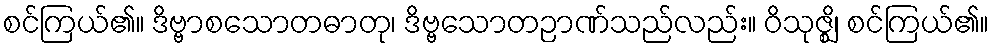
စင်ကြယ်၏။ ဒိဗ္ဗာစသောတဓာတု၊ ဒိဗ္ဗသောတဉာဏ်သည်လည်း။ ဝိသုဇ္ဈိ၊ စင်ကြယ်၏။